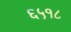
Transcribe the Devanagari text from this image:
६५१८